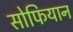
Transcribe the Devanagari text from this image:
सोफियान